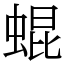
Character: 蜫